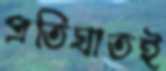
প্রতিঘাতই